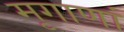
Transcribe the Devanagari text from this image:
मृगाणां